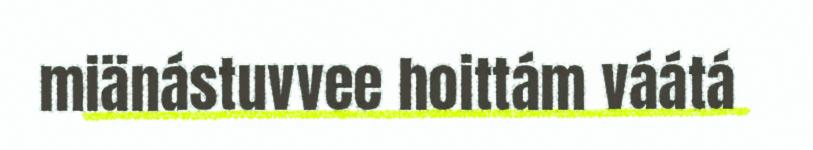
miänástuvvee hoittám váátá